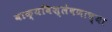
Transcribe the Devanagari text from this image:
वाक्यविश्लेषणाच्या